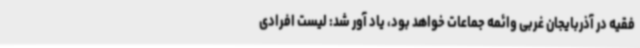
فقیه در آذربایجان غربی وائمه جماعات خواهد بود، یاد آور شد: لیست افرادی